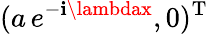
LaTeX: (a\, e^{-\mathbf{i}\lambdax},0)^{\mathrm{{T}}}